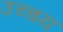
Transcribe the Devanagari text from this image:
उच्चय